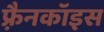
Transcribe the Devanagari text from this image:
फ़्रैनकॉइस